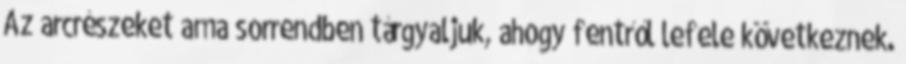
Az arcrészeket ama sorrendben tárgyaljuk, ahogy fentről lefele következnek.